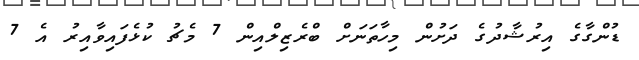
ޑުންގާގެ އިރުޝާދުގެ ދަށުން މިހާތަނަށް ބްރެޒިލްއިން 7 މެޗު ކުޅެފައިވާއިރު އެ 7